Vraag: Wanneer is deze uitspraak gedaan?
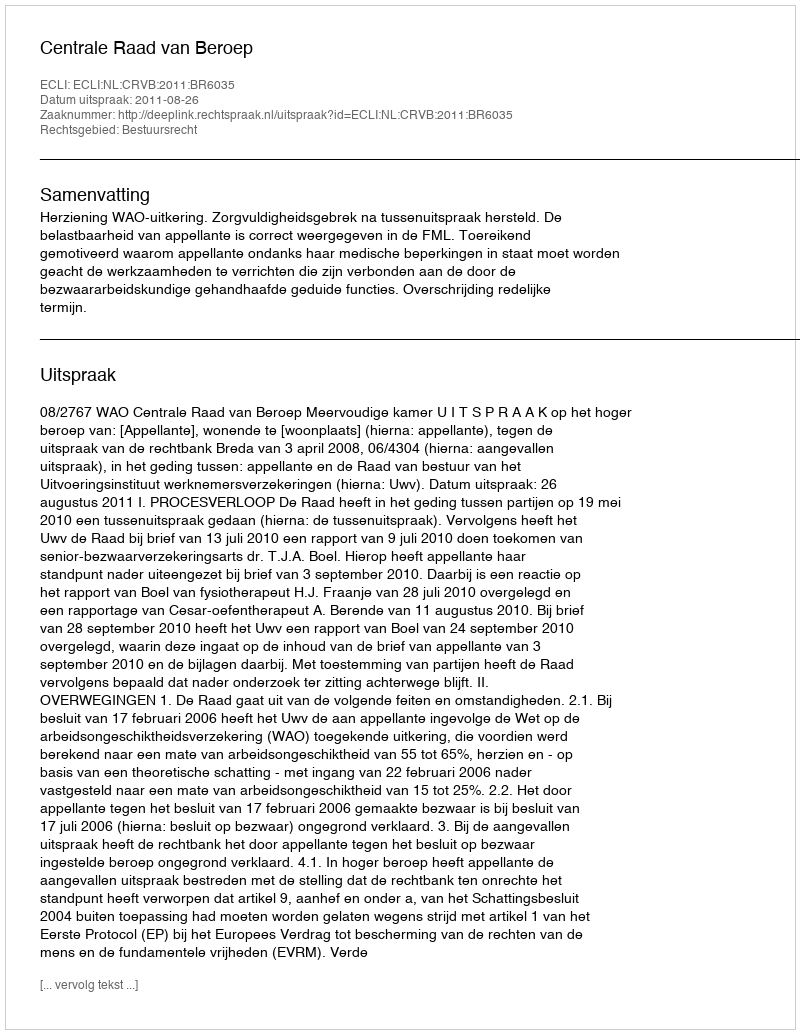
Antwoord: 2011-08-26